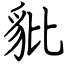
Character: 豼